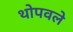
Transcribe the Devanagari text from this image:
थोपवले